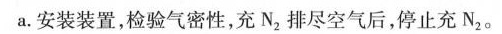
a. 安装装置，检验气密性，充N_{2}，排尽空气后，停止充N_{2}。